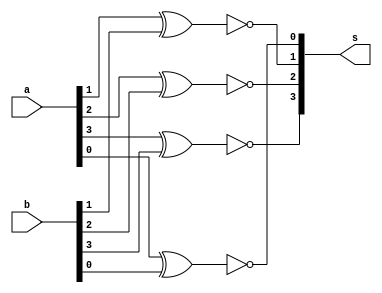
// ---------------------------------- 
// Exemplo0023 - Comparador
// Nome: Rayan Darwin 
// ---------------------------------- 

module comparador(output [3:0] s , input [3:0] a , input [3:0] b);

xnor XNOR0( s[0] , a [0] , b [0] );
xnor XNOR1( s[1] , a [1] , b [1] );
xnor XNOR2( s[2] , a [2] , b [2] );
xnor XNOR3( s[3] , a [3] , b [3] );

endmodule //-- fim comparador

module teste_comparador;

// ------------------------- definir dados 
reg [3:0] a; 
reg [3:0] b; 
wire [3:0] resp;


comparador COMPARADOR1(resp,a,b);

// ------------------------- parte principal 
  initial
  begin
  $display("Exemplo0023 - Rayan Darwin - 412770"); 
  $display("\nTest ALU's Comparador:\n"); 
 
  //-- Mostrar testes
  
  a = 4'b0001;b = 4'b0011;
  $monitor("a = %b , b =  %b , Resposta : %b" , a , b , resp);
  
  
  //-- Entradas
  
  #1 a = 4'b0001;b = 4'b1111;
  #1 a = 4'b0011;b = 4'b1011;
  #1 a = 4'b0001;b = 4'b1011;
  #1 a = 4'b0001;b = 4'b1011;

    
  end
endmodule //-- test_fullAdder